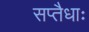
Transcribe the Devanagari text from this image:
सप्तैधाः